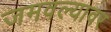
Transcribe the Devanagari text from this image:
जमवल्यावर